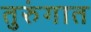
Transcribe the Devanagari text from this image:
तुरुंंगात